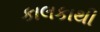
કાલકાથી